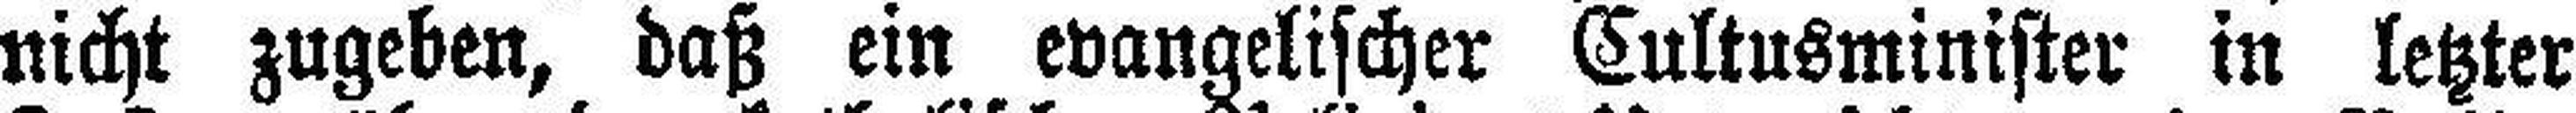
nicht zugeben, daß ein evangelischer Cultusminister in letzter